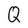
Character: Q